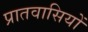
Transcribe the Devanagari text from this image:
प्रातवासियों